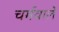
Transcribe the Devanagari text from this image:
चर्मवाले